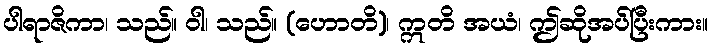
ပါရာဇိကာ၊ သည်။ ဝါ၊ သည်။ (ဟောတိ)၊ ဣတိ အယံ၊ ဤဆိုအပ်ပြီးကား။